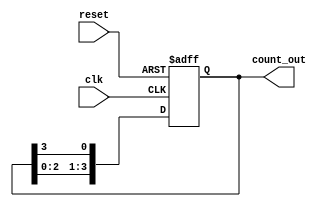
module ring_counter (
    input wire clk,
    input wire reset,
    output reg [3:0] count_out
);

always @(posedge clk or posedge reset) begin
    if (reset) begin
        count_out <= 4'b0001;
    end else begin
        count_out <= {count_out[2:0], count_out[3]};
    end
end

endmodule